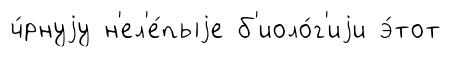
ч́рнуjу н'ел'е́пыjе б'иоло́г'иjи э́тот